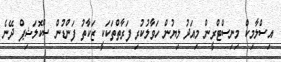
އިސްލާމިކް މިނިސްޓްރީން މިއަދު ލިޔުން ހަވާލުކުރި ފަރާތްތަކަކީ ޒަކާތު ފަންޑުން ސްކޮލަޝިޕް ދޭނެ